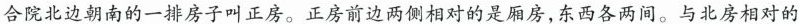
合院北边朝南的一排房子叫正房。正房前边两侧相对的是厢房，东西各两间。与北房相对的